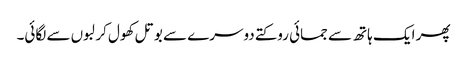
پھر ایک ہاتھ سے جمائی روکتے دوسرے سے بوتل کھول کر لبوں سے لگائی۔